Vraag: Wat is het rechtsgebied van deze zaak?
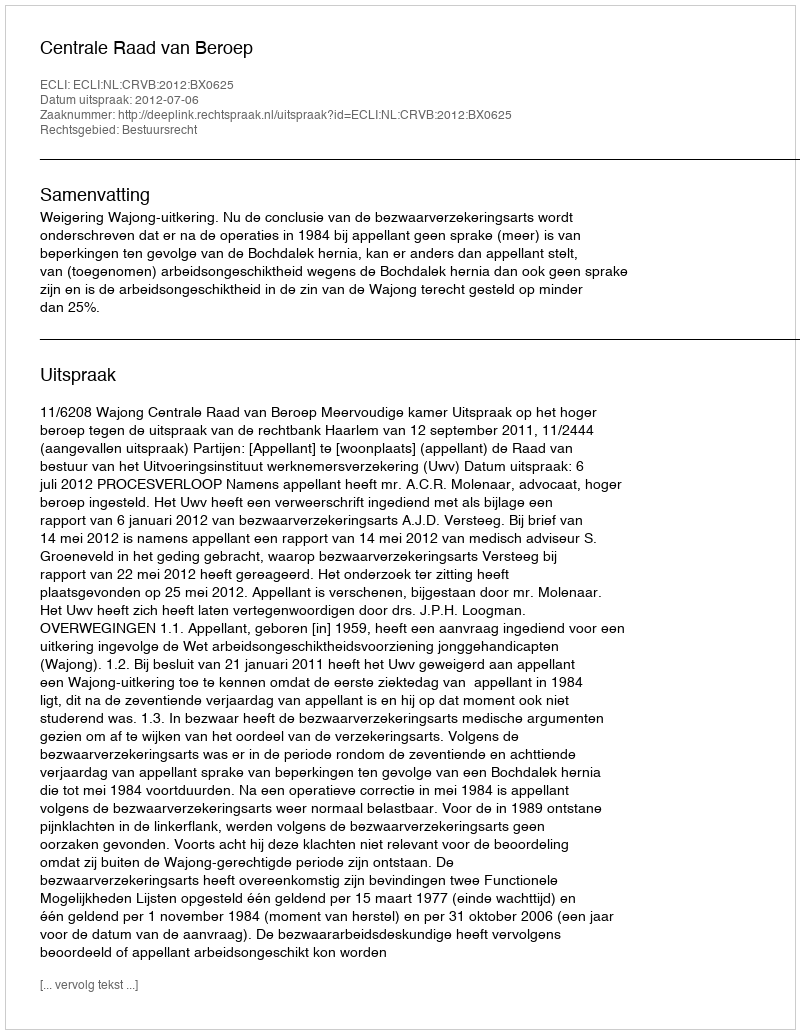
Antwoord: Bestuursrecht